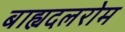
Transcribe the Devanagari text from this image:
बाह्यदलरोम